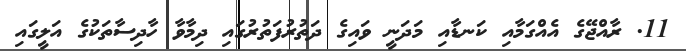
11. ރާއްޖޭގެ އެއްގަމާއި ކަނޑާއި މަދަނީ ވައިގެ ދަތުރުފަތުރުގައި ދިމާވާ ހާދިސާތަކުގެ އަލީގައި